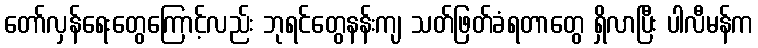
တော်လှန်ရေးတွေကြောင့်လည်း ဘုရင်တွေနန်းကျ သတ်ဖြတ်ခံရတာတွေ ရှိလာပြီး ပါလီမန်က